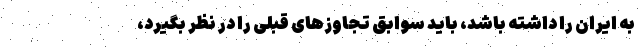
به ایران را داشته باشد، باید سوابق تجاوزهای قبلی را در نظر بگیرد،